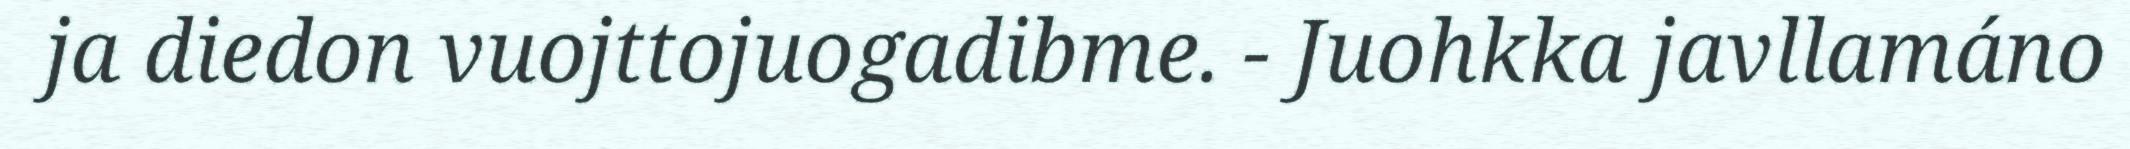
ja diedon vuojttojuogadibme. - Juohkka javllamáno